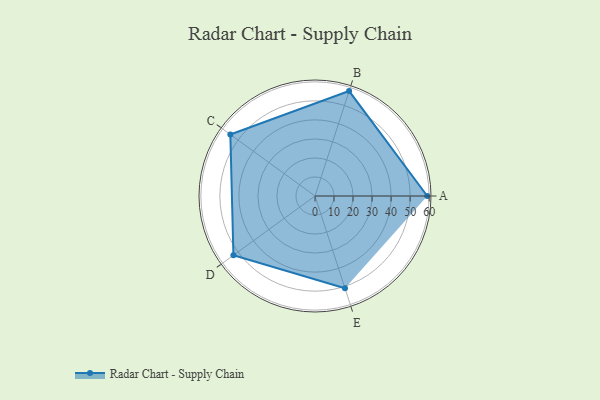
{"axis": {"x": "Skill", "y": "Score"}, "legend": ["Profile"], "data": [{"x": "A", "y": 59.0, "type": "Profile"}, {"x": "B", "y": 58.0, "type": "Profile"}, {"x": "C", "y": 55.0, "type": "Profile"}, {"x": "D", "y": 53.0, "type": "Profile"}, {"x": "E", "y": 51.0, "type": "Profile"}]}